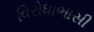
વિરોધાભાસી